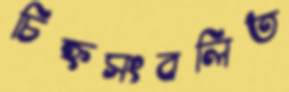
চিহ্নসংবলিত